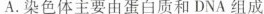
A.染色体主要由蛋白质和DNA组成